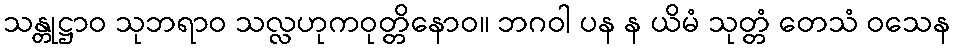
သန္တုဋ္ဌာဝ သုဘရာဝ သလ္လဟုကဝုတ္တိနောဝ။ ဘဂဝါ ပန န ယိမံ သုတ္တံ တေသံ ဝသေန